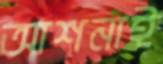
আশনাই